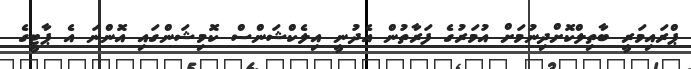
ޕްރައިމަރީ ބާތިލްކޮށްދިނުމަށް އުމަރުގެ ފަރާތުން އެދުނީ އިލެކްޝަންސް ކޮމިޝަންގައި އޮންނަ އެ ޕާޓީގެ